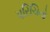
પરિચિતો